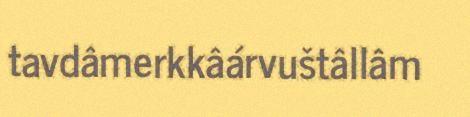
tavdâmerkkâárvuštâllâm